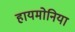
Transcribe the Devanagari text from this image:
हायमोनिया